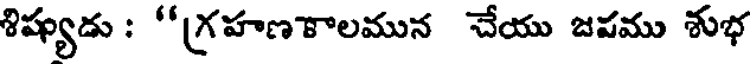
శిష్యుడు : "గహణకాలమున చేయు జవము శుభ